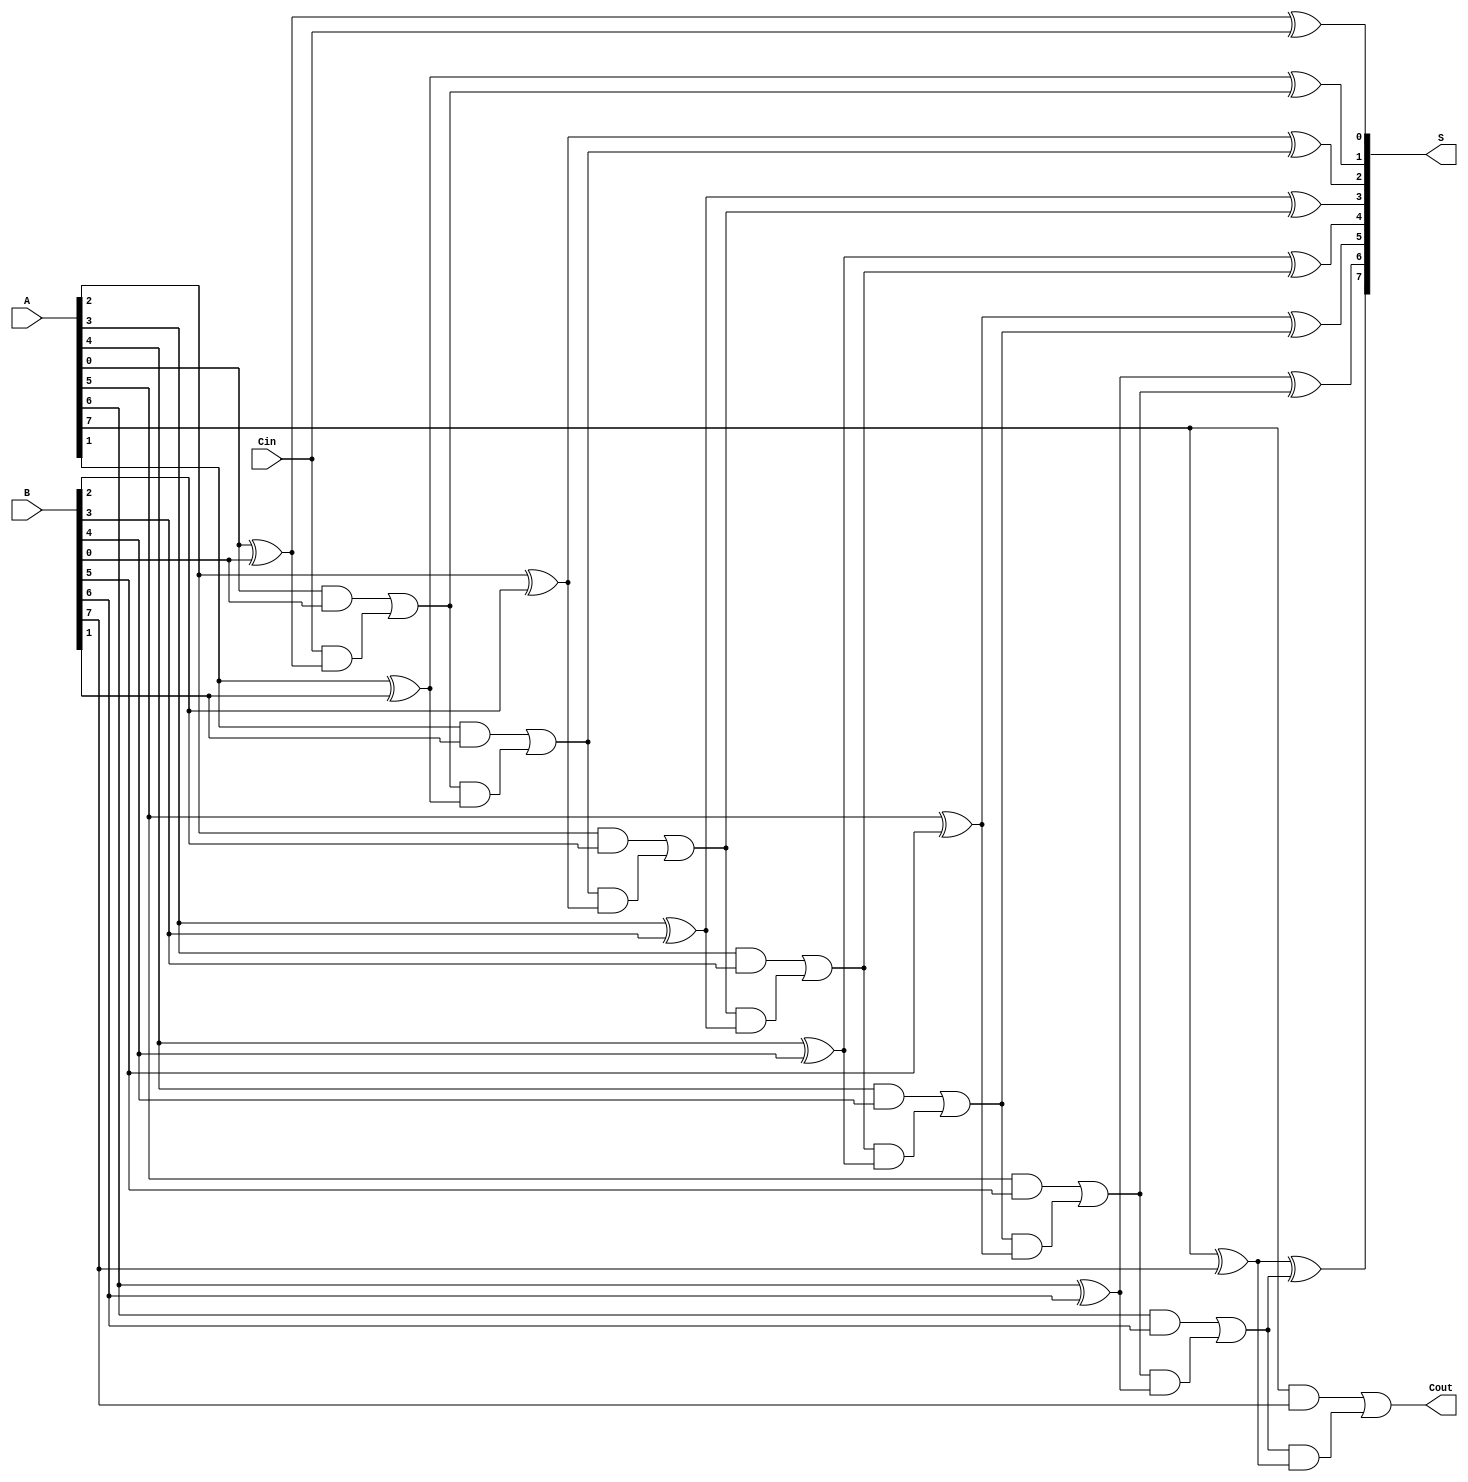
module ManchesterCarryChainAdder #(parameter N = 8) (
    input  wire [N-1:0] A,      // First n-bit input
    input  wire [N-1:0] B,      // Second n-bit input
    input  wire Cin,             // Carry-in
    output wire [N-1:0] S,       // n-bit sum output
    output wire Cout             // Carry-out
);

    // Intermediate carry signals
    wire [N:0] C; // C[0] is the carry-in, C[N] is the carry-out

    // Assign the carry-in to the first carry signal
    assign C[0] = Cin;

    // Generate sum and carry signals
    genvar i;
    generate
        for (i = 0; i < N; i = i + 1) begin : carry_chain
            // Sum calculation
            assign S[i] = A[i] ^ B[i] ^ C[i];

            // Carry generation
            assign C[i + 1] = (A[i] & B[i]) | (C[i] & (A[i] ^ B[i]));
        end
    endgenerate

    // Final carry-out
    assign Cout = C[N];

endmodule